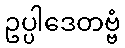
ဥပ္ပါဒေတဗ္ဗံ